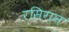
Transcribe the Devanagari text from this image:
रसिगन